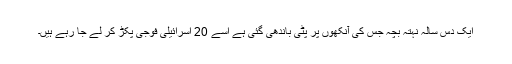
ایک دس سالہ نہتہ بچہ جس کی آنکھوں پر پٹی باندھی گئی ہے اسے 20 اسرائیلی فوجی پکڑ کر لے جا رہے ہیں۔